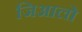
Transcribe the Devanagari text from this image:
जिआलो